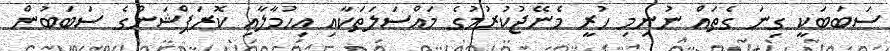
ސަބަބަކީ ގިނަ ގެތައް ނުނިމި ހުރީ މެނޭޖުކުރުމުގެ މައްސަލަތަކާއި އިހުމާލާއި ކޮރަޕްޝަންގެ ސަބަބުން